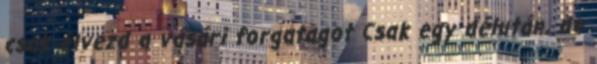
csak élvezd a vásári forgatagot Csak egy délután, de